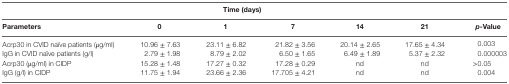
<table><thead><tr><td colspan="7"><b>Time (days)</b></td></tr><tr><td><b>Parameters</b></td><td><b>0</b></td><td><b>1</b></td><td><b>7</b></td><td><b>14</b></td><td><b>21</b></td><td><b><i>p</i>-Value</b></td></tr></thead><tbody><tr><td>Acrp30 in CVID naïve patients (μg/ml)</td><td>10.96 ± 7.63</td><td>23.11 ± 6.82</td><td>21.82 ± 3.56</td><td>20.14 ± 2.65</td><td>17.65 ± 4.34</td><td>0.003</td></tr><tr><td>IgG in CVID naïve patients (g/l)</td><td>2.79 ± 1.98</td><td>8.79 ± 2.02</td><td>6.50 ± 1.65</td><td>6.49 ± 1.89</td><td>5.37 ± 2.32</td><td>0.000003</td></tr><tr><td>Acrp30 (μg/ml) in CIDP</td><td>15.28 ± 1.48</td><td>17.27 ± 0.32</td><td>17.28 ± 0.29</td><td>nd</td><td>nd</td><td>&gt;0.05</td></tr><tr><td>IgG (g/l) in CIDP</td><td>11.75 ± 1.94</td><td>23.66 ± 2.36</td><td>17.705 ± 4.21</td><td>nd</td><td>nd</td><td>0.004</td></tr></tbody></table>